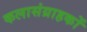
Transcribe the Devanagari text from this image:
कलासंग्राहकों